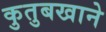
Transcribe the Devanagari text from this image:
कुतुबखाने